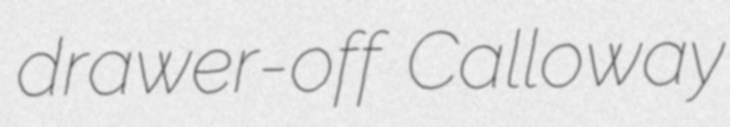
drawer-off Calloway